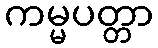
ကမ္မပတ္တာ